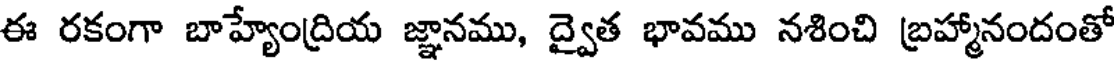
ఈ రకంగా బాహ్యేంద్రియ జ్ఞానము, ద్వైత భావము నశించి బ్రహ్మానందంతో